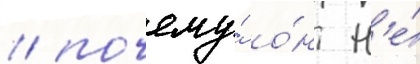
/ почему́ о́н н'е́